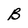
Character: B